Madras plague regulations in force outside the Presidency town - Volume 3
Disease focus: Plague
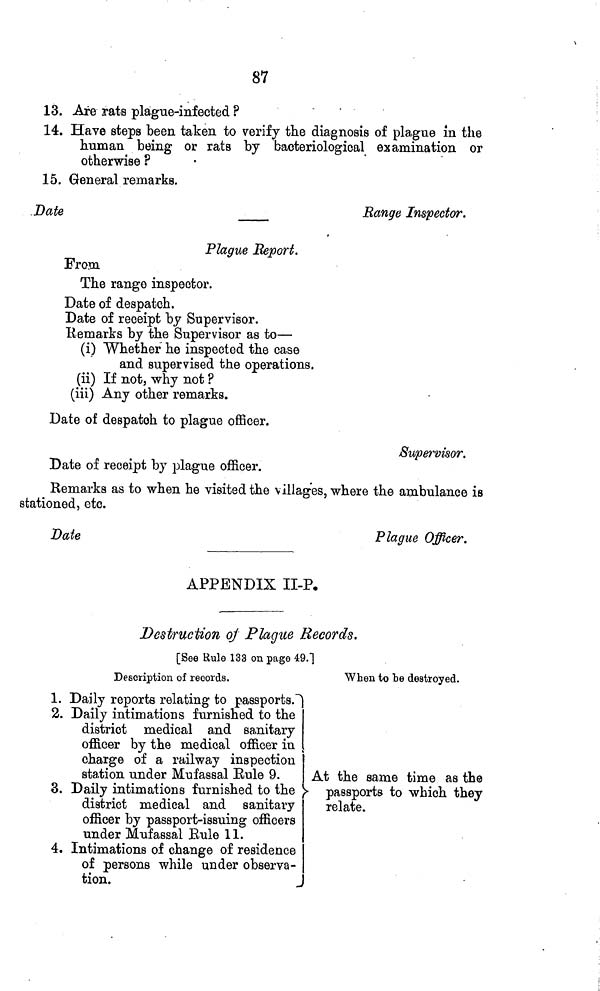
87
13. Are rats plague-infected ?
14. Have steps been taken to verify the diagnosis of plague in the
human being or rats by bacteriological examination or
otherwise ?
15. General remarks.
Date
Range Inspector.
Plague Report.
From
The range inspector.
Date of despatch.
Date of receipt by Supervisor.
Remarks by the Supervisor as to—
(i) Whether he inspected the case
and supervised the operations,
(ii) If not, why not ?
(iii) Any other remarks.
Date of despatch to plague officer.
Supervisor.
Date of receipt by plague officer.
Remarks as to when he visited the villages, where the ambulance is
stationed, etc.
Date
Plague Officer.
APPENDIX II-P.
Destruction oj Plague Records.
[See Rule 133 on page 4:9."]
Description of records.
1. Daily reports relating to passports.2
. Daily intimations furnished to the
district medical and sanitary
officer by the medical officer in
charge of a railway inspection
station under Mufassal Eule 9.
3. Daily intimations furnished to the
district medical and sanitary
officer by passport-issuing officers
under Mufassal Eule 11.
4. Intimations of change of residence
of persons while under observa-
tion.
When to be destroyed.
At the same time as the
> passports to which they
relate.